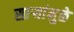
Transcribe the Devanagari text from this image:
साऱ्यांमुळे